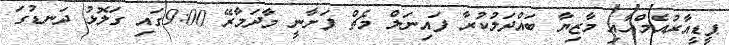
ޕީޑީއާރުއެމްއާއި މާޒިޔާ ބައްދަލުކުރާ ފައިނަލް މެޗް ފަށާނީ މާދަމާރޭ 9:00ގައި ގަލޮޅު ދަނޑުގަ